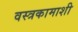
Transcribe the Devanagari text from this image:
वस्त्रकामाशी